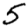
Digit: 5